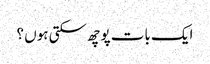
ایک بات پوچھ سکتی ہوں ؟